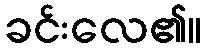
ခင်းလေ၏။